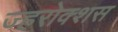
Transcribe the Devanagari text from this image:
ज्हरोक्शस